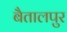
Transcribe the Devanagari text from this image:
बैतालपुर